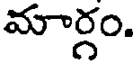
మార్గం.